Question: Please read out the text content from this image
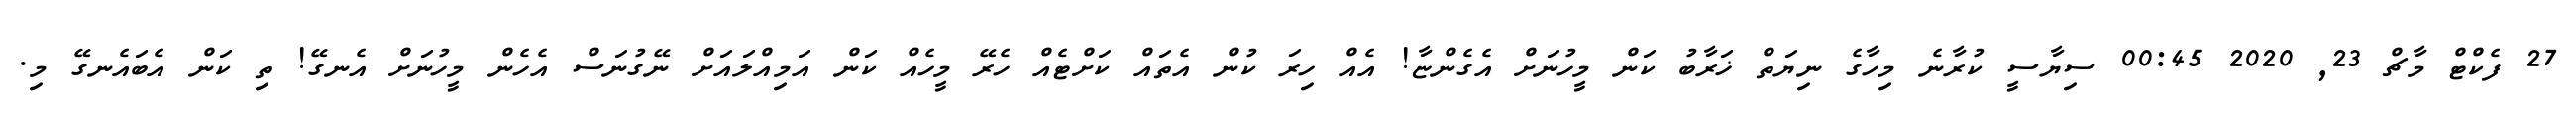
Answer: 27 ފެކްޓް މާޗް 23, 2020 00:45 ސިޔާސީ ކުރާނެ މިހާގެ ނިޔަތް ޚަރާބު ކަން މީހުނަށް އެގެންޏާ! އެއް ހިރަ ކުން އެތައް ކަށްޓެއް ހެރޭ މީހެއް ކަން އަމިއްލައަށް ނޭގުނަސް އެހެން މީހުނަށް އެނގޭ! ތި ކަން އެބައެނގޭ މި.